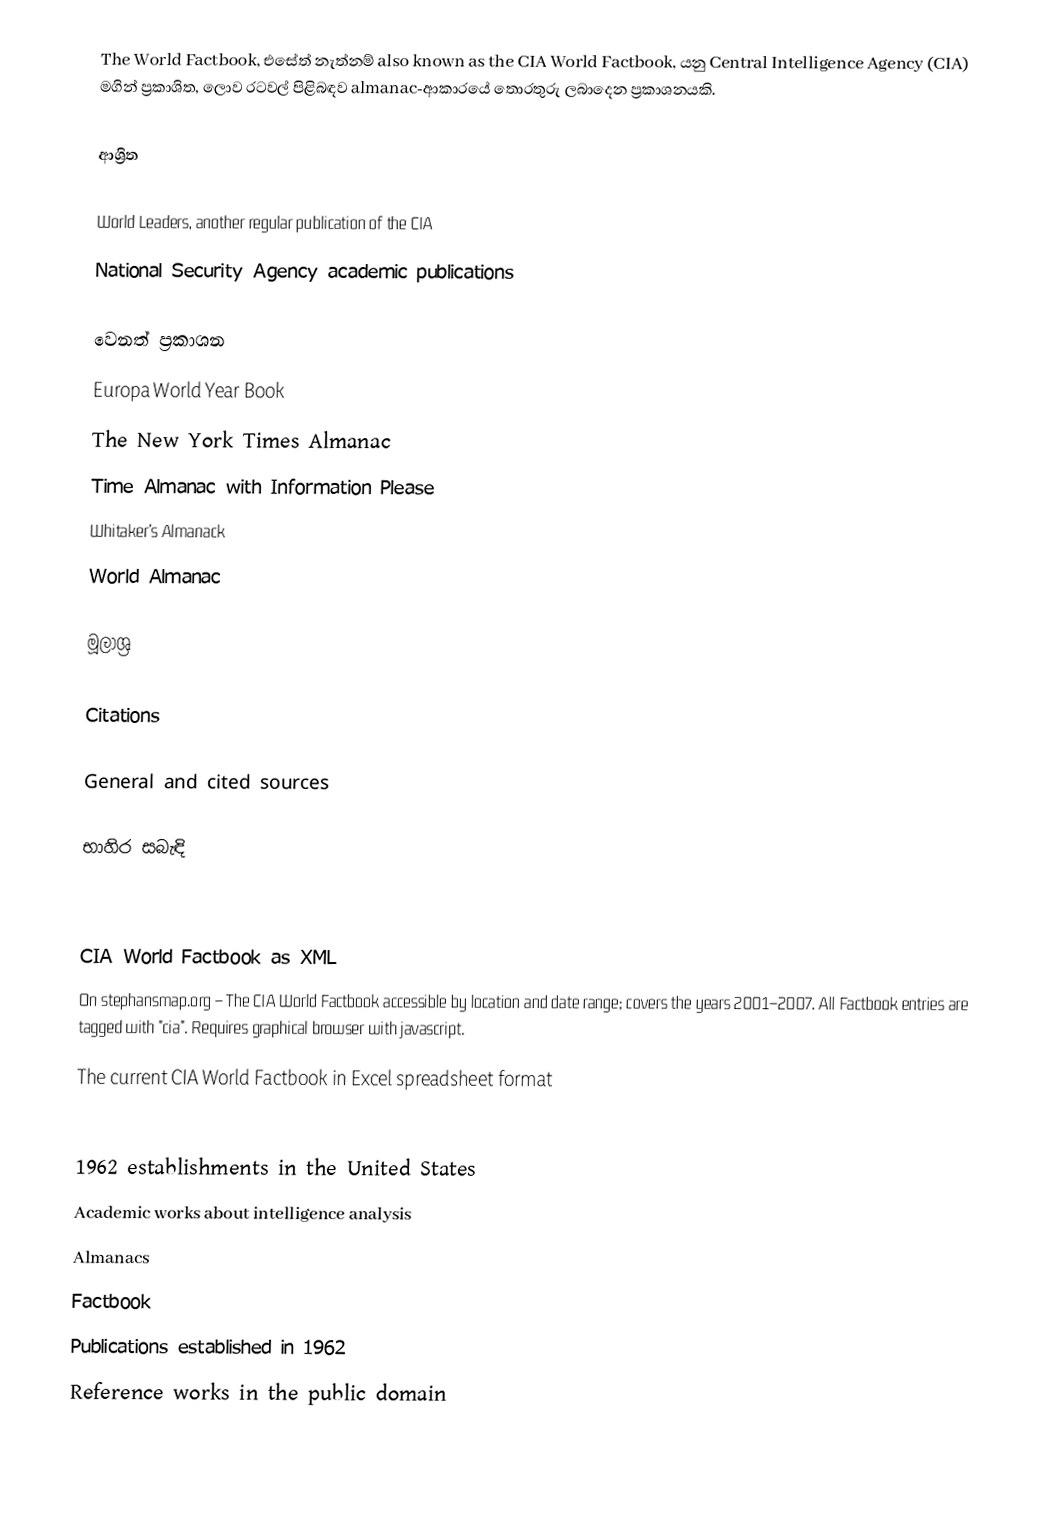
The World Factbook, එසේත් නැත්නම් also known as the CIA World Factbook, යනු Central Intelligence Agency (CIA) මගින් ප්‍රකාශිත, ලොව රටවල් පිළිබඳව almanac-ආකාරයේ  තොරතුරු ලබාදෙන ප්‍රකාශනයකි.

ආශ්‍රිත

 World Leaders, another regular publication of the CIA
 National Security Agency academic publications

 වෙනත් ප්‍රකාශන
 Europa World Year Book
 The New York Times Almanac
 Time Almanac with Information Please
 Whitaker's Almanack
 World Almanac

මූලාශ්‍ර

Citations

General and cited sources

භාහිර සබැඳි

 CIA World Factbook as XML
 On stephansmap.org – The CIA World Factbook accessible by location and date range; covers the years 2001–2007. All Factbook entries are tagged with "cia". Requires graphical browser with javascript.
 The current CIA World Factbook in Excel spreadsheet format

1962 establishments in the United States
Academic works about intelligence analysis
Almanacs
Factbook
Publications established in 1962
Reference works in the public domain